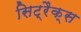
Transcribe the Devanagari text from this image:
सिट्रैक्स